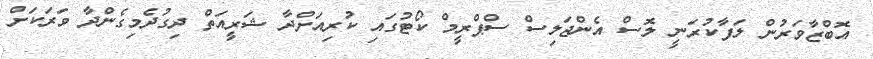
އޮބްޒާވަރުން ލަފާކުރަނީ ލޮސް އެންޖަލިސް ސްޕްރީމް ކޯޓުގައި ކުރިއަށްދާ ޝަރީއަތް ދިގުދެމިގެންދާ ވަރަކަށް